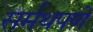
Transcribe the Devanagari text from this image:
सर्मथपणे